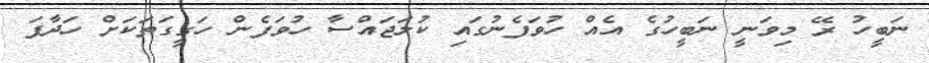
ނަބީހު ރޭ މިވަނީ ނަބީހުގެ އެއް ހުވަފެނުގައި ކުލަޖައްސާ ހުވަފެން ހަގީގަތަކަށް ހަދާފަ